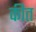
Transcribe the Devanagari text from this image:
कीत